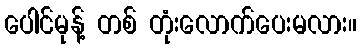
ပေါင်မုန့် တစ် တုံးလောက်ပေးမလား။